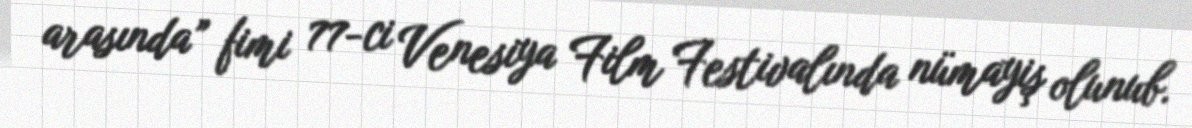
arasında” fimi 77-ci Venesiya Film Festivalında nümayiş olunub.